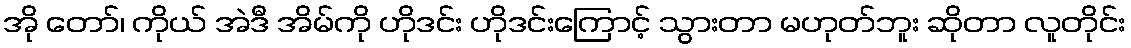
အို တော်၊ ကိုယ် အဲဒီ အိမ်ကို ဟိုဒင်း ဟိုဒင်းကြောင့် သွားတာ မဟုတ်ဘူး ဆိုတာ လူတိုင်း